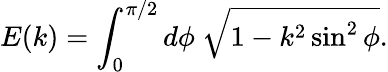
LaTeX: E(k)=\int_{0}^{\pi/2}d\phi~\sqrt{1-k^{2}\sin^{2}\phi}.